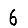
Digit: 6